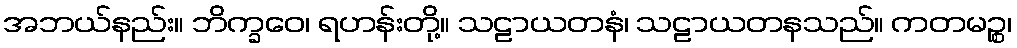
အဘယ်နည်း။ ဘိက္ခဝေ၊ ရဟန်းတို့။ သဠာယတနံ၊ သဠာယတနသည်။ ကတမဉ္စ၊